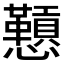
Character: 𪭅